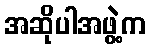
အဆိုပါအဖွဲ့က